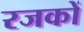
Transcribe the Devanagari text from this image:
रजकों